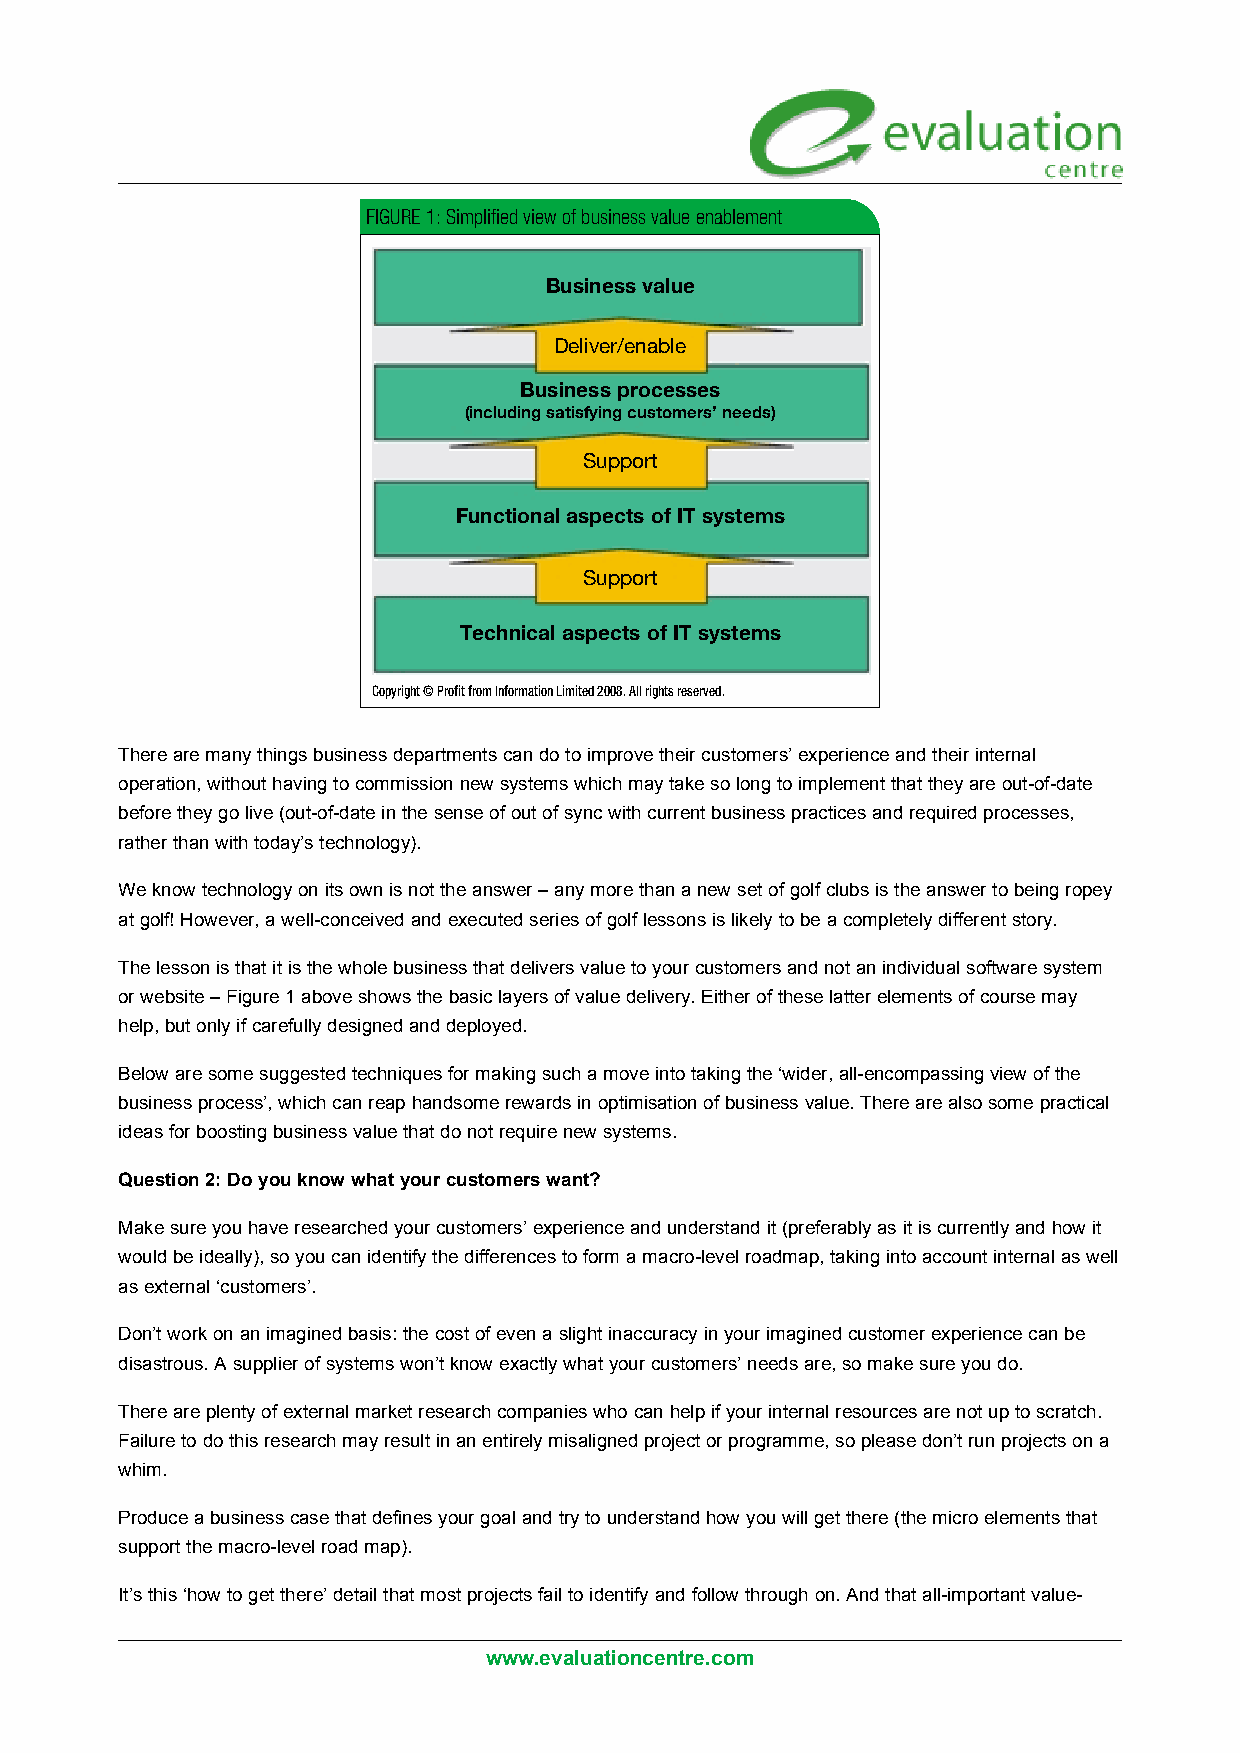
FIGURE 1: Simplified view of business value enablement
 Business value
 Deliver/enable
 Business processes
 (including satisfying customers’ needs)
 Support
 Functional aspects of IT systems
 Support
 Technical aspects of IT systems
 Copyright © Profit from Information Limited 2008. All rights reserved.
 There are many things business departments can do to improve their customers’ experience and their internal
 operation, without having to commission new systems which may take so long to implement that they are out-of-date
 before they go live (out-of-date in the sense of out of sync with current business practices and required processes,
 rather than with today’s technology).
 We know technology on its own is not the answer – any more than a new set of golf clubs is the answer to being ropey
 at golf! However, a well-conceived and executed series of golf lessons is likely to be a completely different story.
 The lesson is that it is the whole business that delivers value to your customers and not an individual software system
 or website – Figure 1 above shows the basic layers of value delivery. Either of these latter elements of course may
 help, but only if carefully designed and deployed.
 Below are some suggested techniques for making such a move into taking the ‘wider, all-encompassing view of the
 business process’, which can reap handsome rewards in optimisation of business value. There are also some practical
 ideas for boosting business value that do not require new systems.
 Question 2: Do you know what your customers want?
 Make sure you have researched your customers’ experience and understand it (preferably as it is currently and how it
 would be ideally), so you can identify the differences to form a macro-level roadmap, taking into account internal as well
 as external ‘customers’.
 Don’t work on an imagined basis: the cost of even a slight inaccuracy in your imagined customer experience can be
 disastrous. A supplier of systems won’t know exactly what your customers’ needs are, so make sure you do.
 There are plenty of external market research companies who can help if your internal resources are not up to scratch.
 Failure to do this research may result in an entirely misaligned project or programme, so please don’t run projects on a
 whim.
 Produce a business case that defines your goal and try to understand how you will get there (the micro elements that
 support the macro-level road map).
 It’s this ‘how to get there’ detail that most projects fail to identify and follow through on. And that all-important value-
 www.evaluationcentre.com